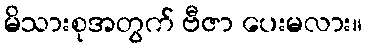
မိသားစုအတွက် ဗီဇာ ပေးမလား။